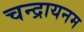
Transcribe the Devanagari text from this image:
चन्द्रायनम